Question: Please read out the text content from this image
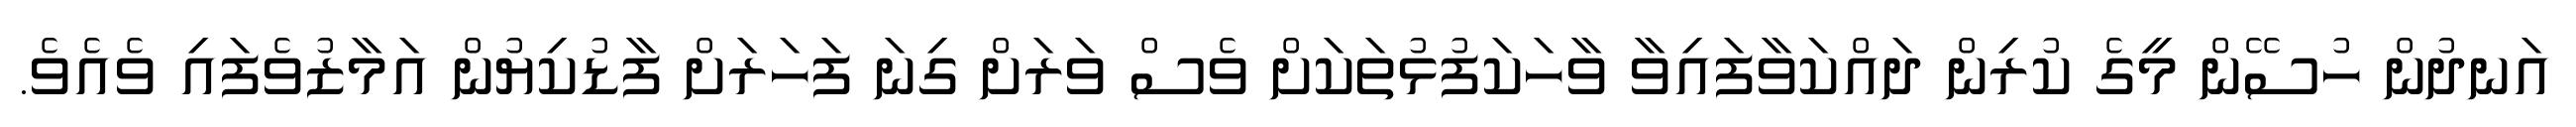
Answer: އަނދުން ހުސޭން މީގެ ކުރިން ދައްކަވާފައިވާ ވާހަކަފުޅުތަކަށް ވެސް ވަރަށް ގިނަ ފަހަރަށް ފާޑުކިޔުން އަމާޒުވެފައި ވެއެވެ.